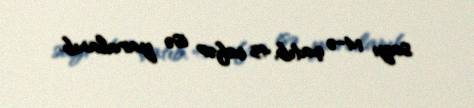
sayı 14-ə çatıb, 45 nəfər isə yaralanıb.